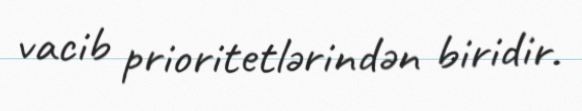
vacib prioritetlərindən biridir.